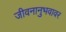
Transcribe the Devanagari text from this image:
जीवनानुभवावर